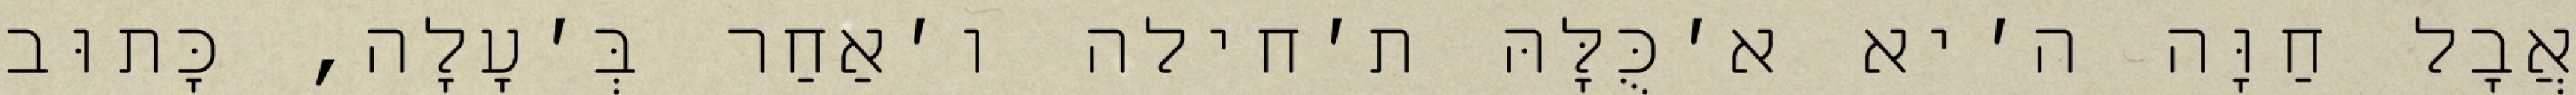
אֲבָל חַוָּה ה׳יא א׳כֻּלָּהּ ת׳חילה ו׳אַחַר בְּ׳עָלָה, כָּתוּב